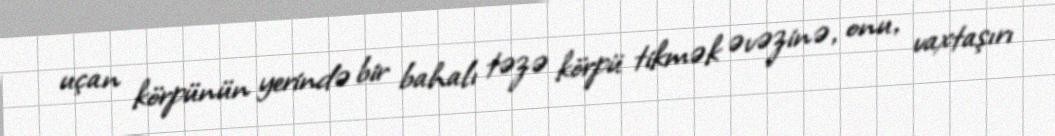
uçan körpünün yerində bir bahalı təzə körpü tikmək əvəzinə, onu, vaxtaşırı